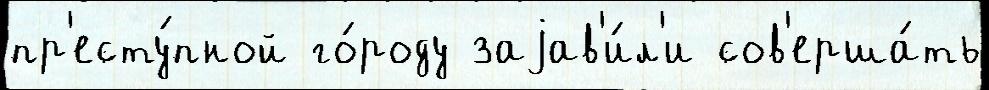
пр'есту́пной го́роду заjав'и́л'и сов'ерша́ть